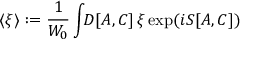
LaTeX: \langle \xi \rangle : = { \frac { 1 } { W _ { 0 } } } \int \! \! { \cal D } [ A , C ] \, \xi \exp ( i S [ A , C ] )